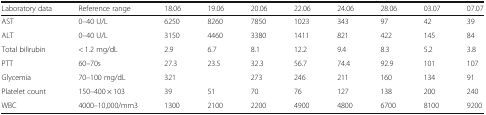
<table><thead><tr><td><b>Laboratory data</b></td><td><b>Reference range</b></td><td><b>18.06</b></td><td><b>19.06</b></td><td><b>20.06</b></td><td><b>22.06</b></td><td><b>24.06</b></td><td><b>28.06</b></td><td><b>03.07</b></td><td><b>07.07</b></td></tr></thead><tbody><tr><td>AST</td><td>0–40 U/L</td><td>6250</td><td>8260</td><td>7850</td><td>1023</td><td>343</td><td>97</td><td>42</td><td>39</td></tr><tr><td>ALT</td><td>0–40 U/L</td><td>3150</td><td>4460</td><td>3380</td><td>1411</td><td>821</td><td>422</td><td>145</td><td>84</td></tr><tr><td>Total bilirubin</td><td>&lt; 1.2 mg/dL</td><td>2.9</td><td>6.7</td><td>8.1</td><td>12.2</td><td>9.4</td><td>8.3</td><td>5.2</td><td>3.8</td></tr><tr><td>PTT</td><td>60–70s</td><td>27.3</td><td>23.5</td><td>32.3</td><td>56.7</td><td>74.4</td><td>92.9</td><td>101</td><td>107</td></tr><tr><td>Glycemia</td><td>70–100 mg/dL</td><td>321</td><td></td><td>273</td><td>246</td><td>211</td><td>160</td><td>134</td><td>91</td></tr><tr><td>Platelet count</td><td>150–400 × 103</td><td>39</td><td>51</td><td>70</td><td>76</td><td>127</td><td>138</td><td>200</td><td>240</td></tr><tr><td>WBC</td><td>4000–10,000/mm3</td><td>1300</td><td>2100</td><td>2200</td><td>4900</td><td>4800</td><td>6700</td><td>8100</td><td>9200</td></tr></tbody></table>